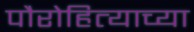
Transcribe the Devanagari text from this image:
पौरोहित्याच्या